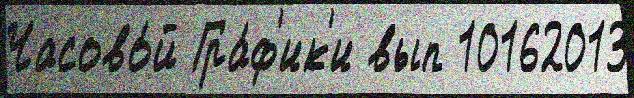
Часово́й Гра́ф'ик'и вып 10162013